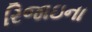
રિજાઇના